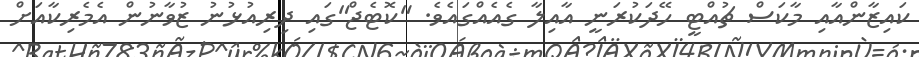
ކައިޒާންއާއި މާކަސް ޗުއްޓީ ހޭދަކުރަނީ އާއިލާ ގެއެއްގައެވެ. "ކޮޓެޖް"ގައި ދިރިއުޅުނު ޒުވާނުން އެމެރިކާއަށް